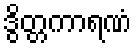
ဒွိတ္တကာရဏံ